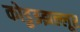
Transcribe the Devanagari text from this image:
कोडुझ्झल्लूर